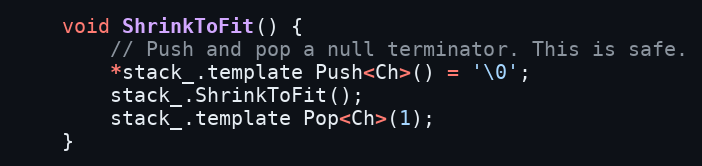
Language: C
    void ShrinkToFit() {
        // Push and pop a null terminator. This is safe.
        *stack_.template Push<Ch>() = '\0';
        stack_.ShrinkToFit();
        stack_.template Pop<Ch>(1);
    }